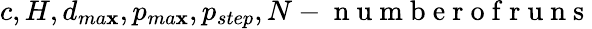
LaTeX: c,H,d_{ma\mathbf{x}},p_{ma\mathbf{x}},p_{step},N-\mathrm{{~n~u~m~b~e~r~o~f~r~u~n~s~}}